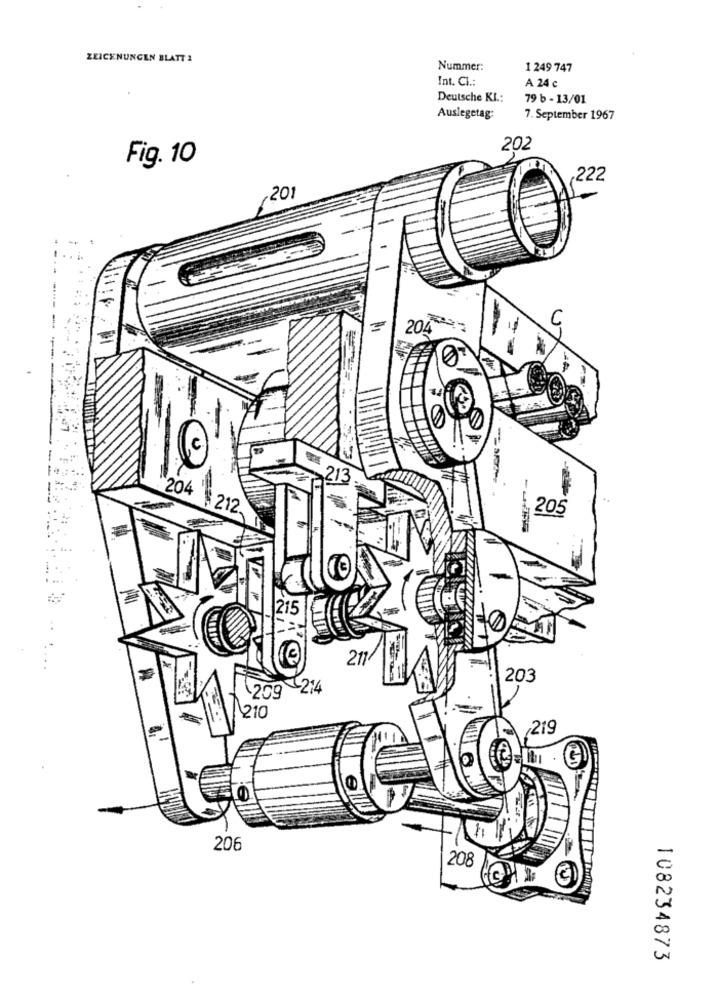
ZEICHNUNGEN BLATT 1
Nummer:
1 249 747
Int. Cl .:
A 24 c
Deutsche KI .:
79 b - 13/01
Auslegetag:
7. September 1967
202
Fig. 10
222
,201
1
204 **-
213
204 212.
205
|215
211
203
214
1209
1210
219
206
208
108234873